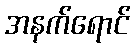
အနက်ရောင်